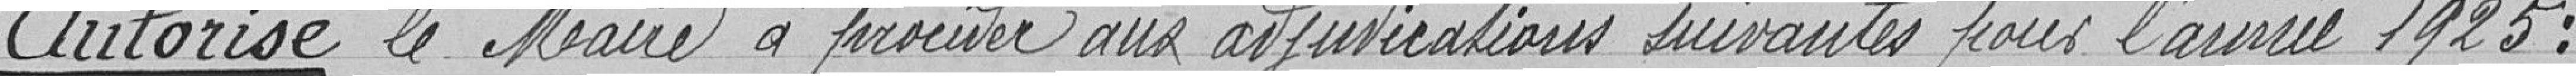
Autorise le Maire à procurer aux adjudications suivantes pour l'année 1925  :